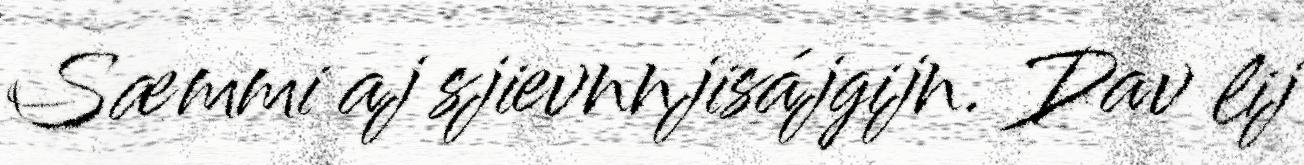
Sæmmi aj sjievnnjisájgijn. Dav lij